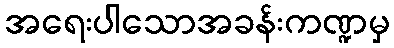
အရေးပါသောအခန်းကဏ္ဍမှ